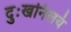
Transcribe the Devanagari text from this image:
दुःखनिलयं